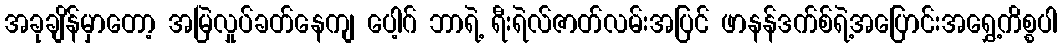
အခုချိန်မှာတော့ အမြဲလှုပ်ခတ်နေကျ ပေါ့ဂ် ဘာရဲ့ ရီးရဲလ်ဇာတ်လမ်းအပြင် ဖာနန်ဒက်စ်ရဲ့အပြောင်းအရွှေ့ကိစ္စပါ